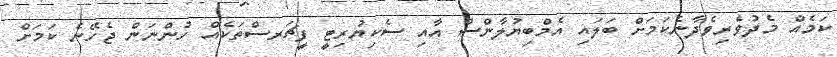
ކަމެއް މެދުވެރިވެދާނެކަމަށް ބަލައި އެމްބިޔުލާންސް އާއި ސެކިޔުރިޓީ ފީޗަރސްތަކެއް ހުންނަން ޖެހޭނެ ކަމަށް